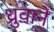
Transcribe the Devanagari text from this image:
ध्रुवाने